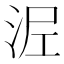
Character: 𭰖